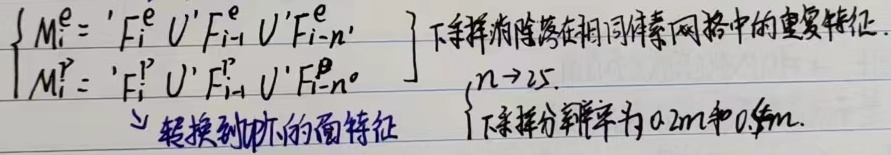
下采样消除落在相同体素网格中的重复特征。
\[
\begin{cases}
M_{i}^{\mathrm{e}} = 'F_{i}^{\mathrm{e}} \cup 'F_{i - 1}^{\mathrm{e}} \cup 'F_{i - n}^{\mathrm{e}}' \\
M_{i}^{\mathrm{r}} = 'F_{i}^{\mathrm{r}} \cup 'F_{i - 1}^{\mathrm{r}} \cup 'F_{i - n}^{\mathrm{r}}'
\end{cases}
\]
\(n \to 25\)。$\searrow$ 转换到地下的面特征，下采样分辨率为 \(0.2m\) 和 \(0.4m\)。